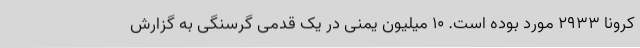
کرونا 2933 مورد بوده است. 10 میلیون یمنی در یک قدمی گرسنگی به گزارش